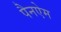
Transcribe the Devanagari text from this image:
पैनऐम